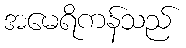
အမေရိကန်သည်